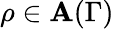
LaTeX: \rho\in\mathbf{A}(\Gamma)